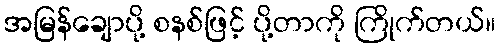
အမြန်ချောပို့ စနစ်ဖြင့် ပို့တာကို ကြိုက်တယ်။